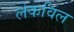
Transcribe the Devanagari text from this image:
लेकविल